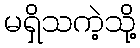
မရှိသကဲ့သို့